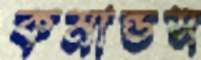
কমান্ডস